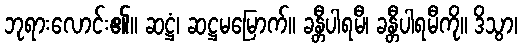
ဘုရားလောင်း၏။ ဆဋ္ဌံ၊ ဆဋ္ဌမမြောက်။ ခန္တီပါရမီ၊ ခန္တီပါရမီကို။ ဒိသွာ၊